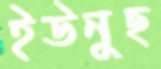
ইউনুছ